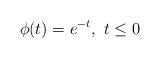
LaTeX: \begin{align*} \phi (t) =e^{-t}, \ t \leq 0\end{align*}